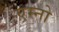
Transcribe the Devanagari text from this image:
एम्नो